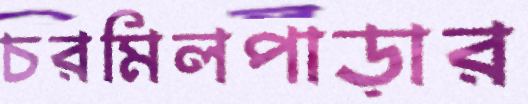
চরমিলপাড়ার